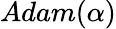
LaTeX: Adam(\alpha)